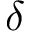
\delta